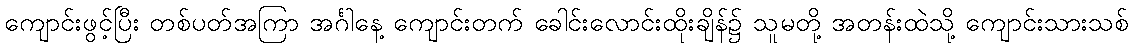
ကျောင်းဖွင့်ပြီး တစ်ပတ်အကြာ အင်္ဂါနေ့ ကျောင်းတက် ခေါင်းလောင်းထိုးချိန်၌ သူမတို့ အတန်းထဲသို့ ကျောင်းသားသစ်